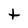
Character: t